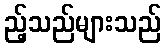
ည့်သည်များသည်